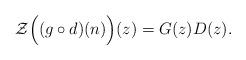
LaTeX: \begin{align*} \mathcal{Z}\Big((g\circ d)(n)\Big)(z) = G(z) D(z). \end{align*}